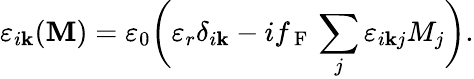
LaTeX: \varepsilon_{i\mathbf{k}}(\boldsymbol{\mathbf{{M}}})=\varepsilon_{0}\bigg(\varepsilon_{r}\delta_{i\mathbf{k}}-if_{\mathrm{{~F~}}}\sum_{j}\varepsilon_{i\mathbf{k}j}M_{j}\bigg).